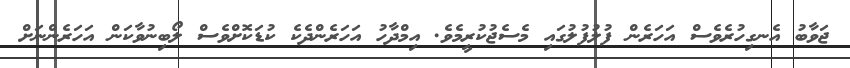
ޖަވާބު އެނގިހުރެވެސް އަހަރެން ފުލުފުލުގައި މެސެޖުކުރީމެވެ. އިމްދާހު އަހަރެންދެކެ ކުޑަކޮށްވެސް ލޯބިނުވާކަން އަހަރެންނަށް